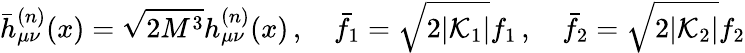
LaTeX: \bar{h}_{\mu\nu}^{(n)}(x)=\sqrt{2M^{3}}h_{\mu\nu}^{(n)}(x)\, ,\quad\bar{f}_{1}=\sqrt{2|{\cal K}_{1}|}f_{1}\, ,\quad\bar{f}_{2}=\sqrt{2|{\cal K}_{2}|}f_{2}